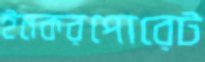
ইনকরপোরেট